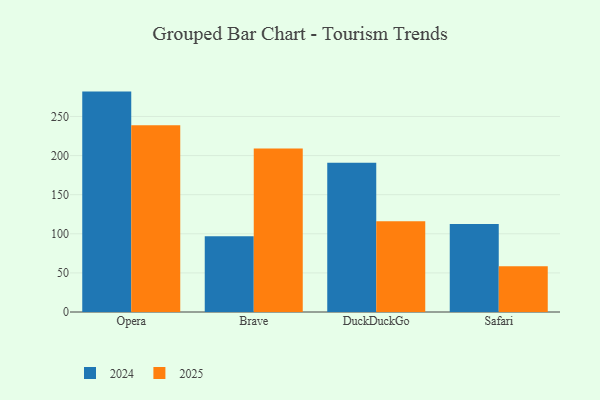
{"axis": {"x": "Browser", "y": "Churn Rate (%)"}, "legend": ["2024", "2025"], "data": [{"x": "Opera", "y": 238.8, "type": "2025"}, {"x": "Opera", "y": 281.8, "type": "2024"}, {"x": "Brave", "y": 209.1, "type": "2025"}, {"x": "Brave", "y": 97.0, "type": "2024"}, {"x": "DuckDuckGo", "y": 116.1, "type": "2025"}, {"x": "DuckDuckGo", "y": 190.9, "type": "2024"}, {"x": "Safari", "y": 58.5, "type": "2025"}, {"x": "Safari", "y": 112.5, "type": "2024"}]}